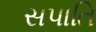
સપાતિ